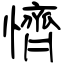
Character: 懠